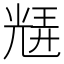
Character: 𭀮